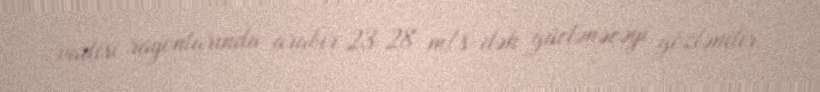
vadisi rayonlarında arabir 23-28 m/s-dək güclənəcəyi gözlənilir.